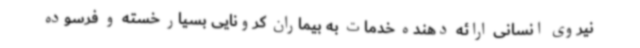
نیروی انسانی ارائه دهنده خدمات به بیماران کرونایی بسیار خسته و فرسوده